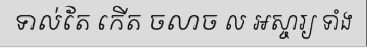
ទាល់តែ កើត ចលាច ល អស្ចារ្យ ទាំង